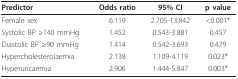
| Predictor | Odds ratio | 95% CI | p value |
 | --- | --- | --- | --- |
 | Female sex | 6.119 | 2.705-13.842 | <0.001* |
 | Systolic BP ≥140 mmHg | 1.452 | 0.543-3.881 | 0.457 |
 | Diastolic BP ≥90 mmHg | 1.414 | 0.542-3.693 | 0.479 |
 | Hypercholesterolaemia | 2.138 | 1.109-4.119 | 0.023* |
 | Hyperuricaemia | 2.906 | 1.444-5.847 | 0.003* |